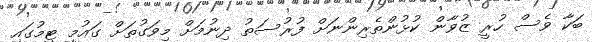
ބަކާ ވެސް ހުރީ ޒުވާން ކުޅުންތެރިންނަށް ފުރުސަތު ދިނުމަށް މިވަގުތަށް ގައުމީ ޓީމުގައި